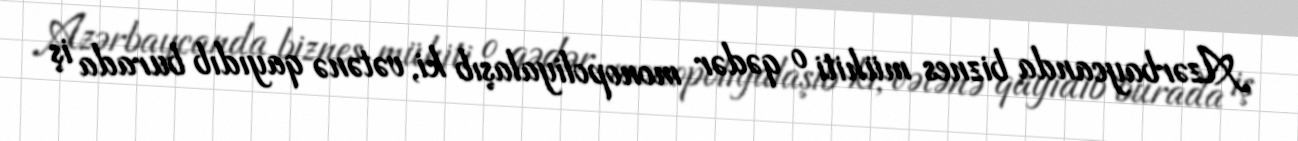
Azərbaycanda biznes mühiti o qədər monopoliyalaşıb ki, vətənə qayıdıb burada iş